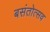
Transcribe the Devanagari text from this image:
बसंतोत्सव